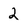
Character: 2